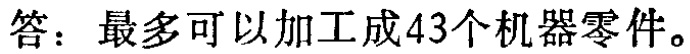
答：最多可以加工成43个机器零件。